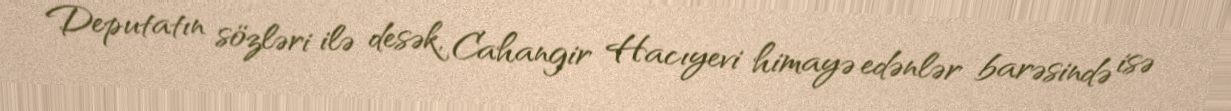
Deputatın sözləri ilə desək, Cahangir Hacıyevi himayə edənlər barəsində isə